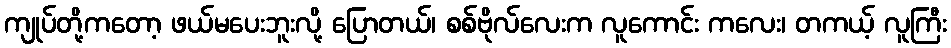
ကျုပ်တို့ကတော့ ဖယ်မပေးဘူးလို့ ပြောတယ်၊ စစ်ဗိုလ်လေးက လူကောင်း ကလေး၊ တကယ့် လူကြီး